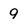
Character: 9